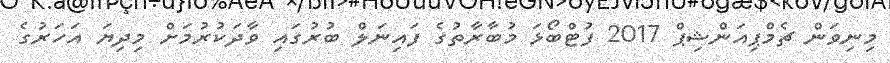
މިނިވަން ޗެމްޕިއަންޝިޕް 2017 ފުޓްބޯޅަ މުބާރާތުގެ ފައިނަލް ބުރުގައި ވާދަކުރުމަށް މިދިޔަ އަހަރުގެ